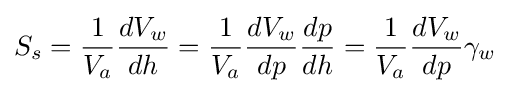
S_{s}={\frac {1}{V_{a}}}{\frac {dV_{w}}{dh}}={\frac {1}{V_{a}}}{\frac {dV_{w}}{dp}}{\frac {dp}{dh}}={\frac {1}{V_{a}}}{\frac {dV_{w}}{dp}}\gamma _{w}